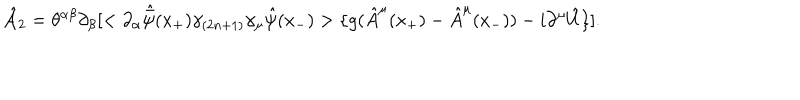
\hat { \cal A } _ { 2 } = \theta ^ { \alpha \beta } \partial _ { \beta } [ < \partial _ { \alpha } \hat { \bar { \psi } } ( x _ { + } ) \gamma _ { ( 2 n + 1 ) } \gamma _ { \mu } \hat { \psi } ( x _ { - } ) > \{ g ( \hat { A } ^ { \mu } ( x _ { + } ) - \hat { A } ^ { \mu } ( x _ { - } ) ) - i \partial ^ { \mu } \hat { U } \} ] .